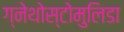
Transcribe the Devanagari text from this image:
ग्नेथोस्टोमुलिडा